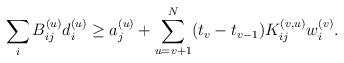
LaTeX: \begin{align*}{}\sum_{i}B_{ij}^{(u)}d_{i}^{(u)}\geq a_{j}^{(u)}+\sum_{u=v+1}^{N}(t_{v}-t_{v-1})K_{ij}^{(v,u)}w_{i}^{(v)}.\end{align*}